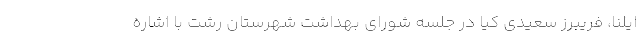
ایلنا، فریبرز سعیدی کیا در جلسه شورای بهداشت شهرستان رشت با اشاره